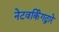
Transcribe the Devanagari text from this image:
नेटवर्किंगद्वारे